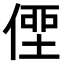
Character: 𠋿